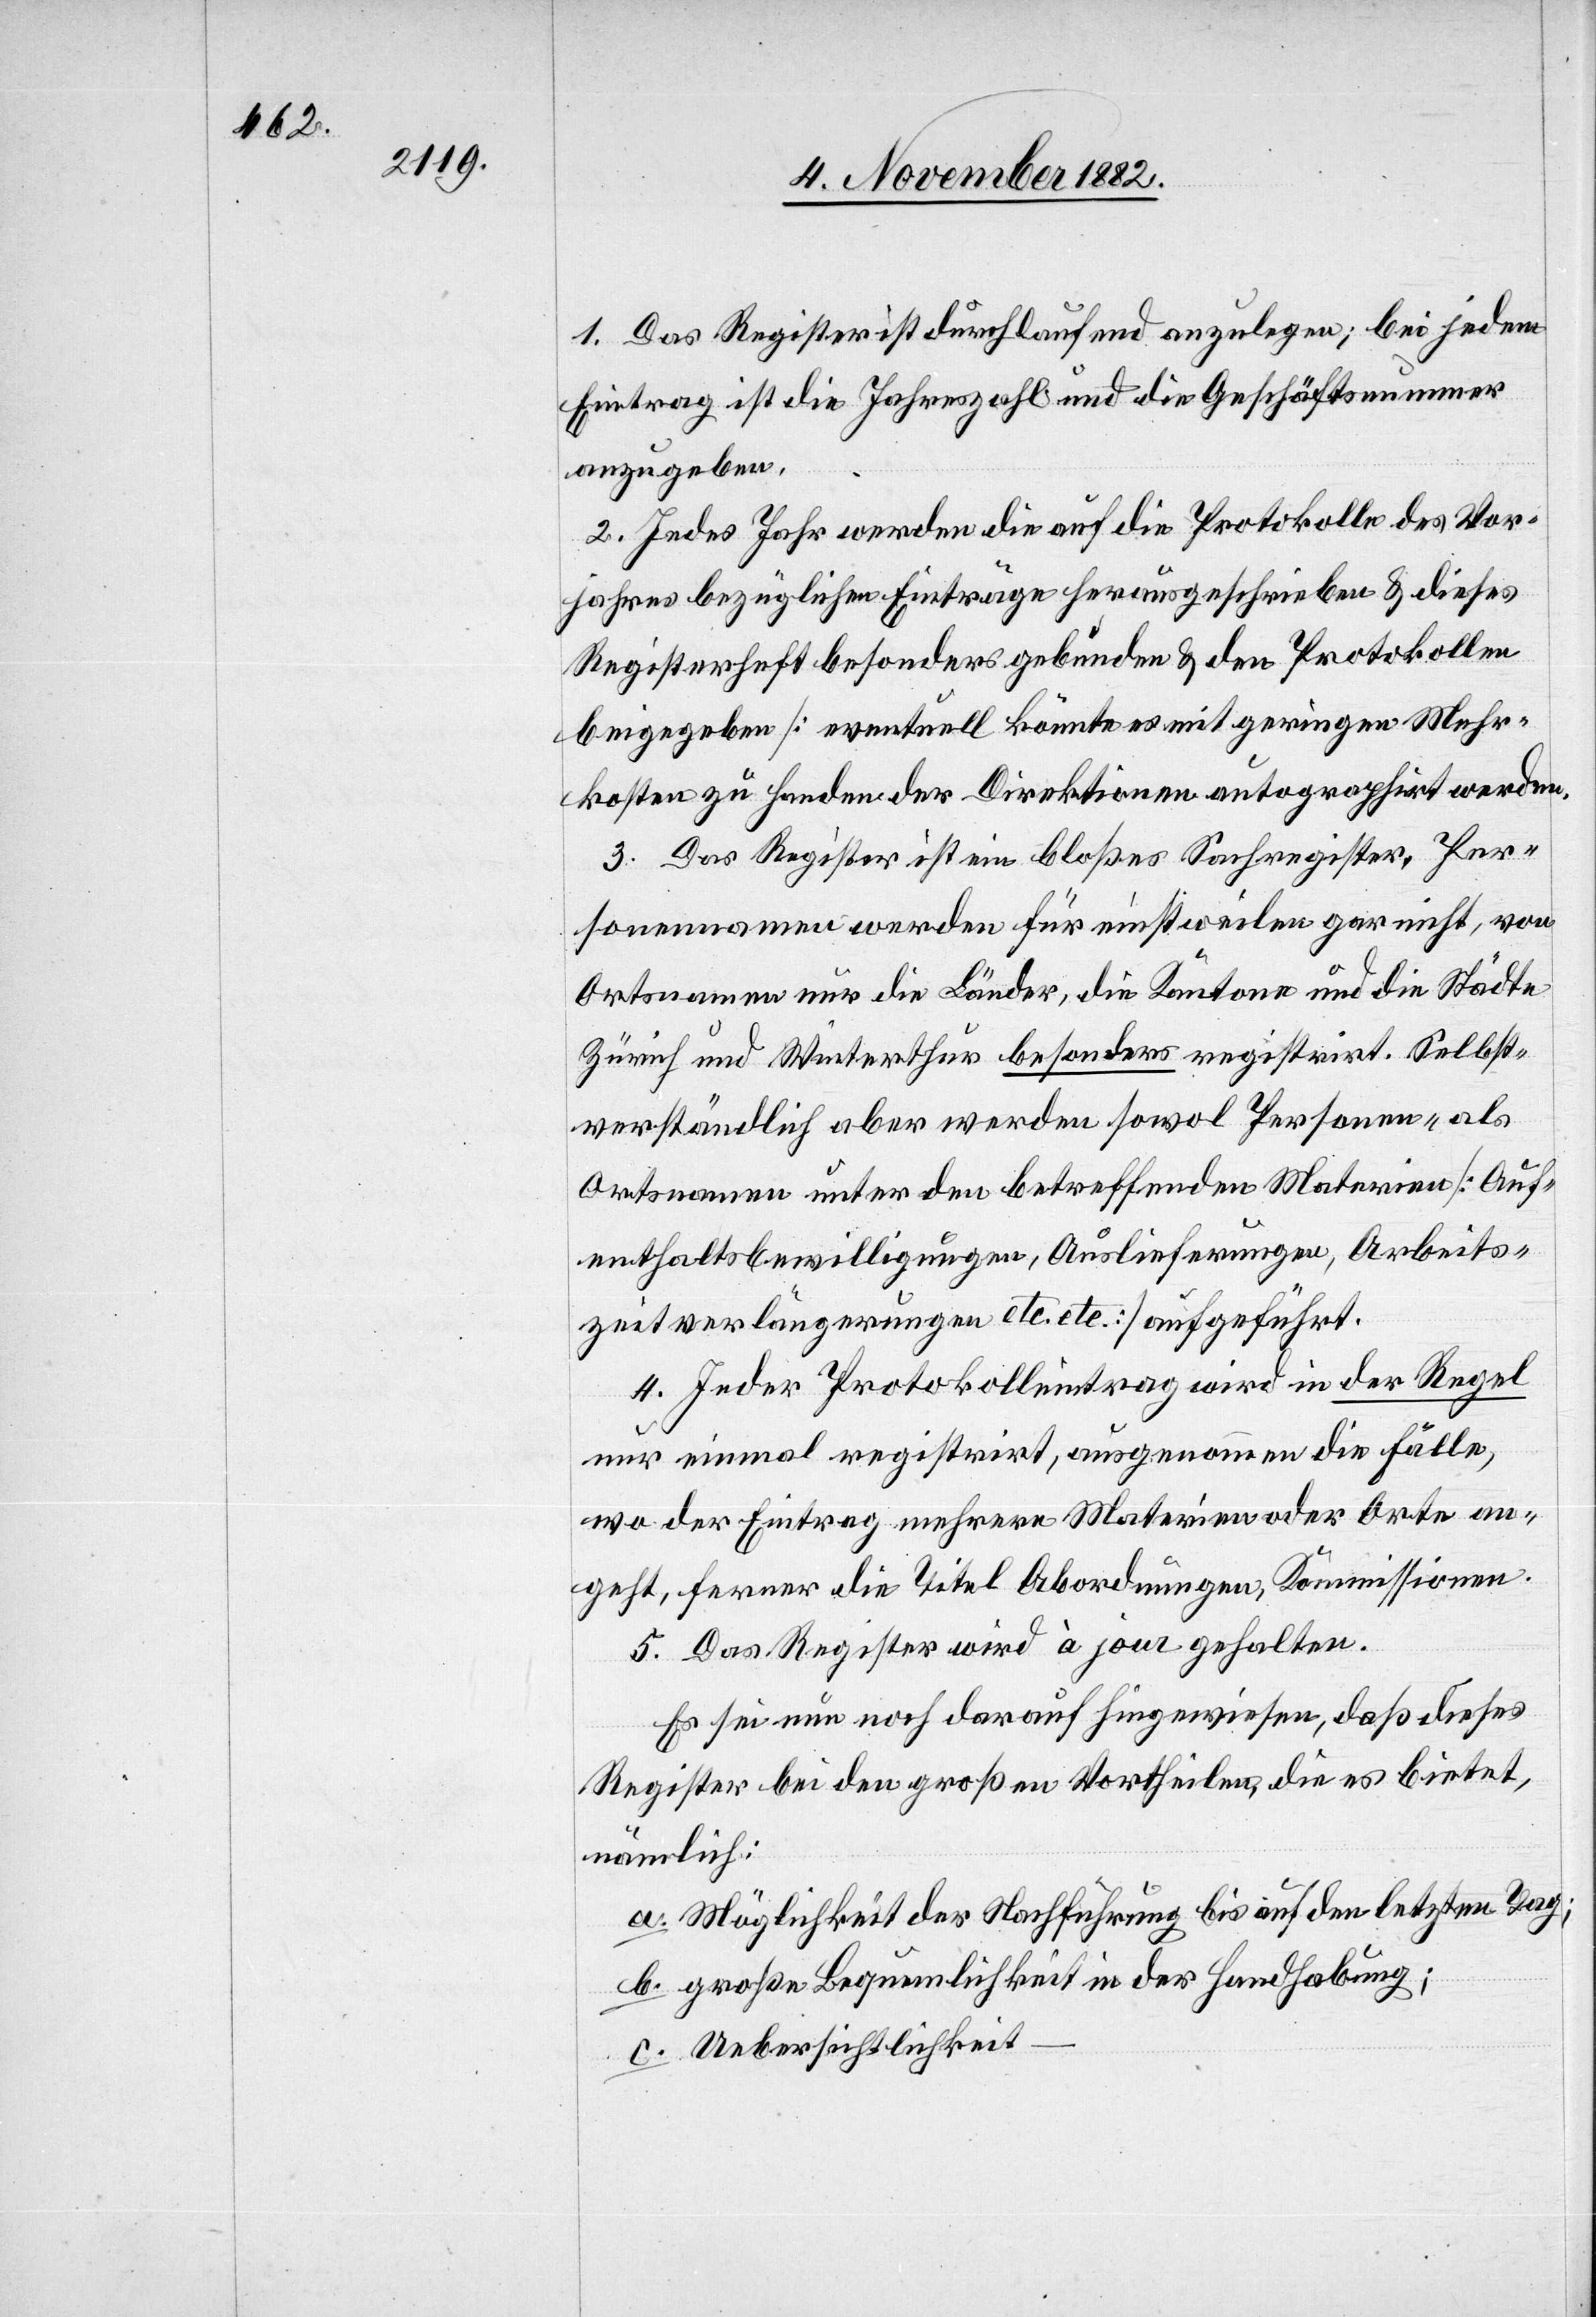
1. Das Register ist durchlaufend anzulegen; bei jedem
Eintrag ist die Jahreszahl und die Geschäftsnummer
anzugeben.
2. Jedes Jahr werden die auf die Protokolle des Vor¬
jahres bezüglichen Einträge herausgeschrieben & dieses
Registerheft besonders gebunden & den Protokollen
beigegeben [eventuell könnte es mit geringen Mehr¬
kosten zu Handen der Direktionen autographirt werden].
3. Das Register ist ein bloßes Sachregister. Per¬
sonennamen werden für einstweilen gar nicht, von
Ortsnamen nur die Länder, die Kantone und die Städte
Zürich und Winterthur besonders registrirt. Selbst¬
verständlich aber werden sowol Personen- als
Ortsnamen unter den betreffenden Materien [Auf¬
enthaltsbewilligungen, Auslieferungen, Arbeits¬
zeitverlängerungen etc. etc.] aufgeführt.
4. Jeder Protokolleintrag wird in der Regel
nur einmal registrirt, ausgenommen die Fälle,
wo der Eintrag mehrere Materien oder Orte an¬
geht, ferner die Titel Abordnungen, Kommissionen.
5. Das Register wird à jour gehalten.
Es sei nun noch darauf hingewiesen, daß dieses
Register bei den großen Vortheilen, die es bietet,
nämlich:
a. Möglichkeit der Nachführung bis auf den letzten Tag;
b. große Bequemlichkeit in der Handhabung;
c. Uebersichtlichkeit